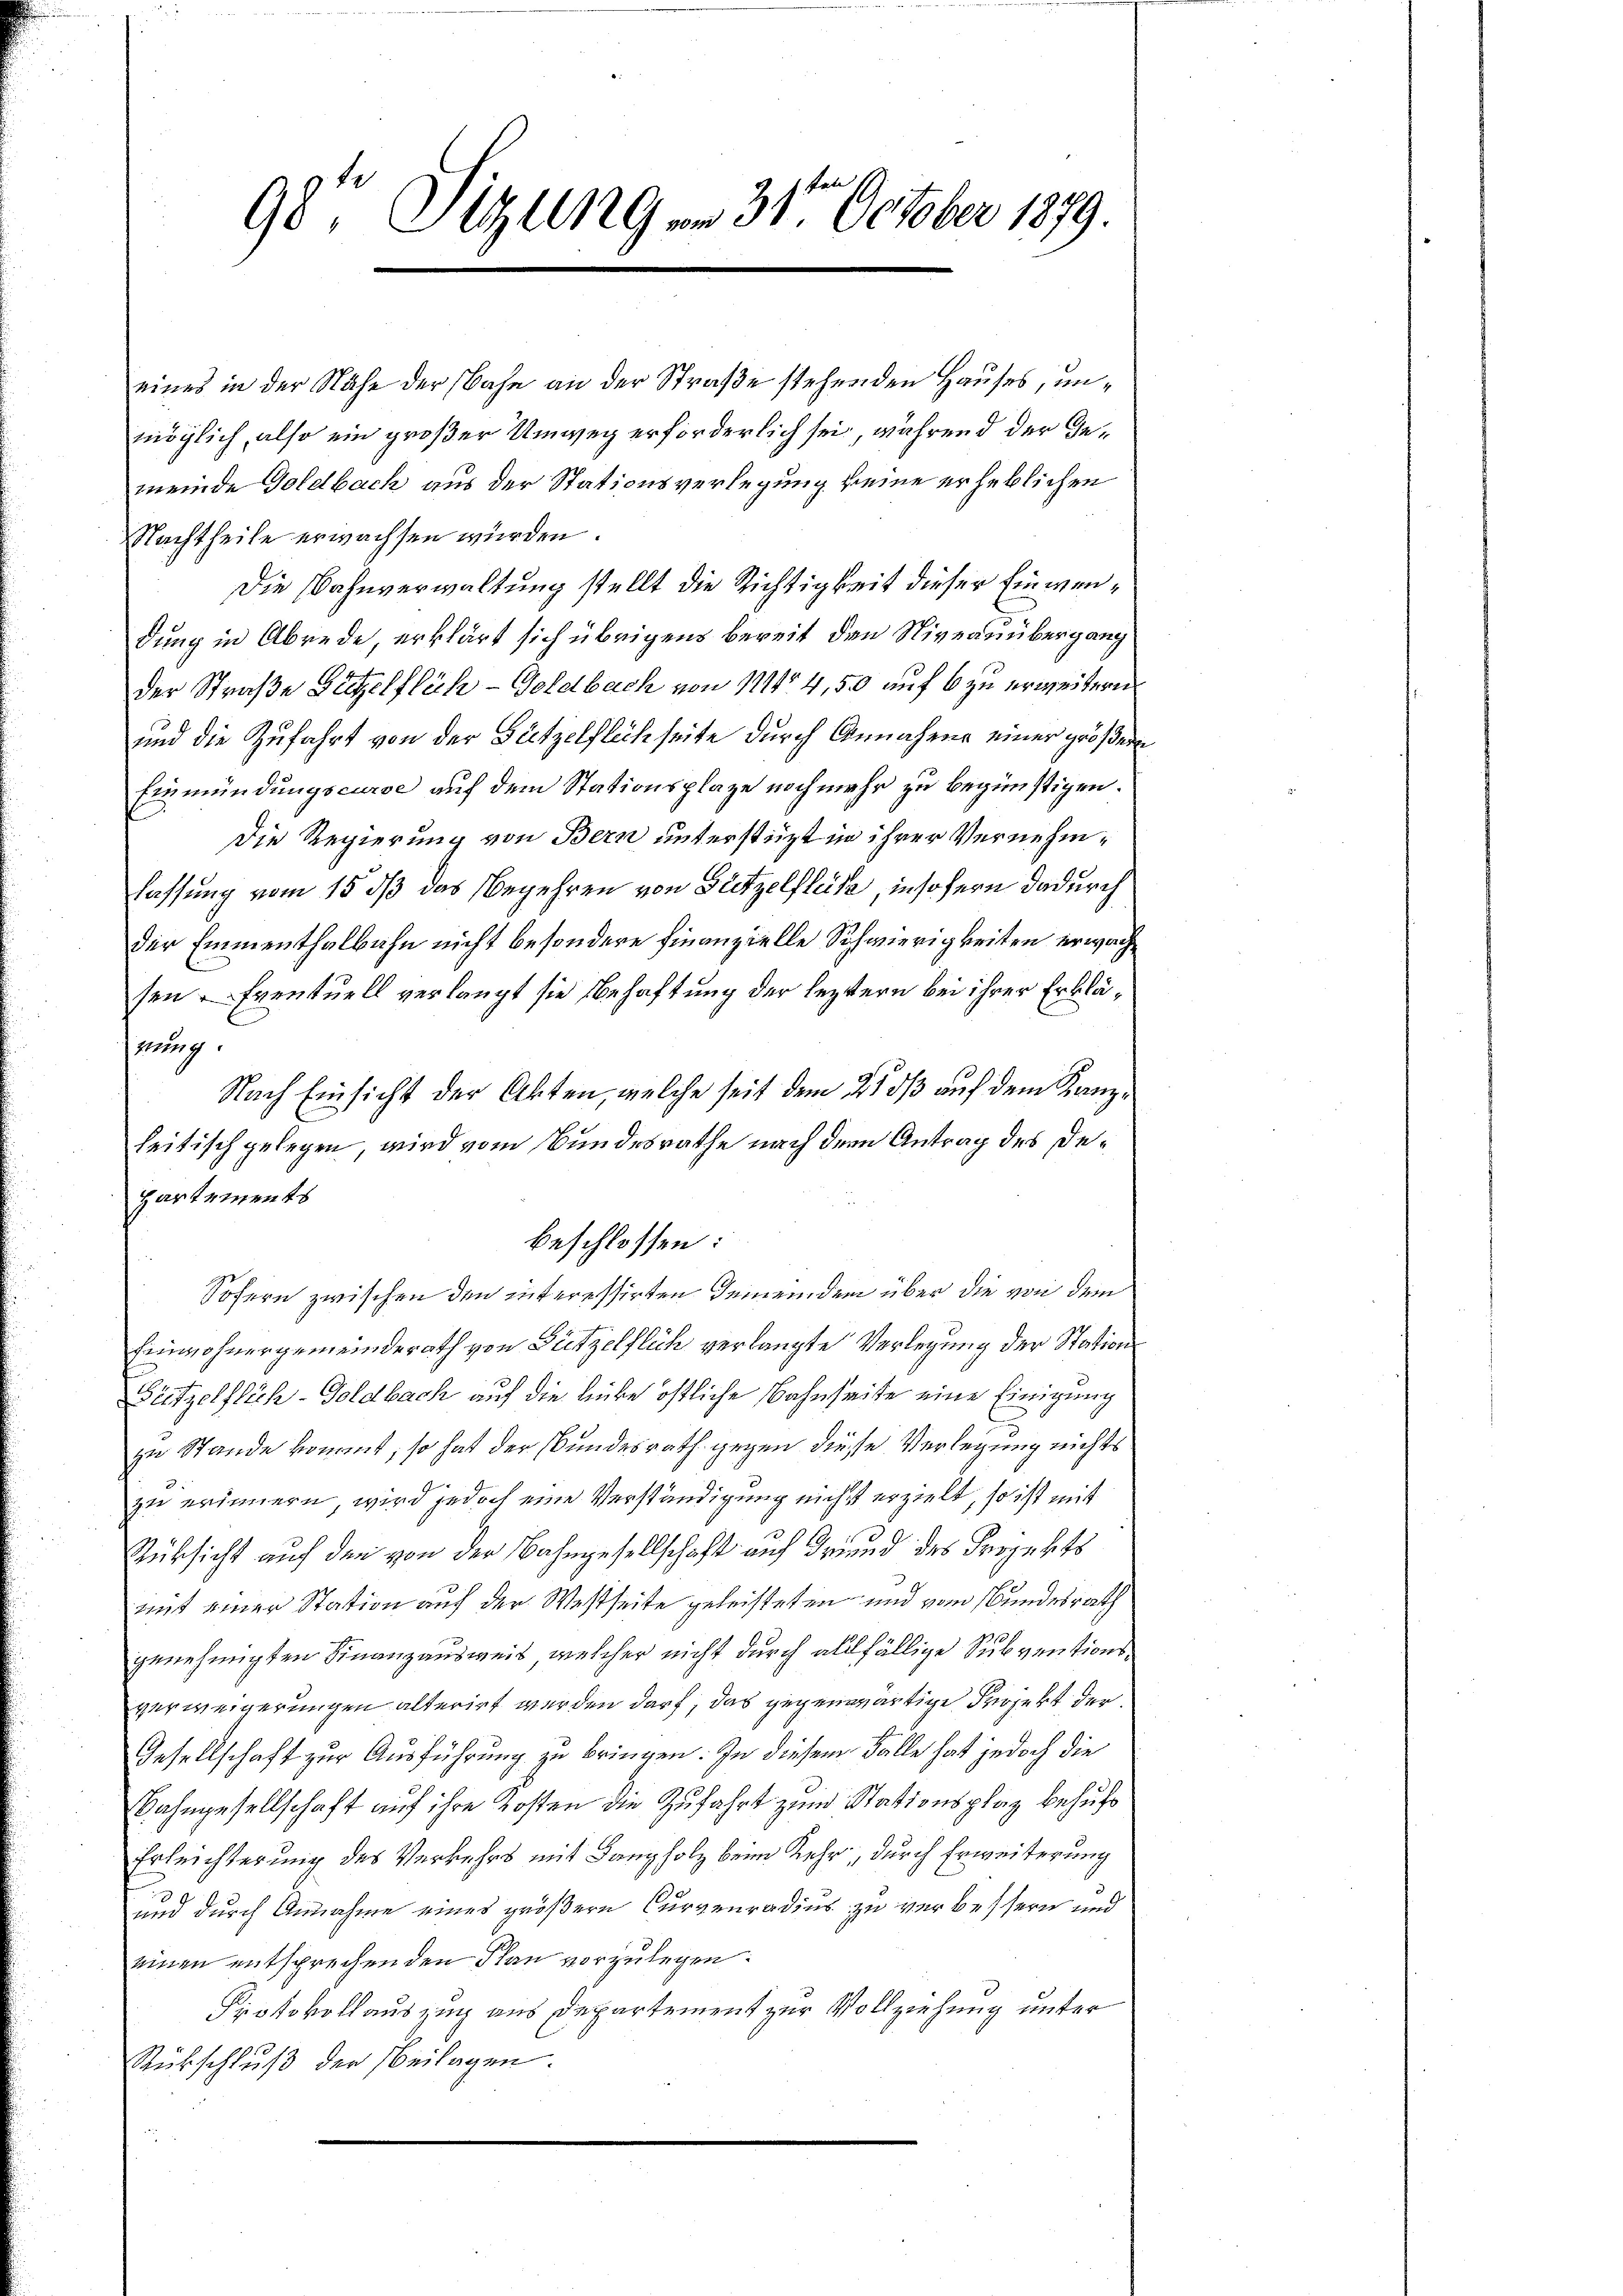
98te Sitzung an 31. October 1879.

beschlossen:

eines in der Nähe der Bahn an der Straße stehenden Hauses, unmöglich, also ein großer Umweg erforderlich sei, während der Gemeinde Geldbach aus der Stationsverlegung keine erheblichen
Nachtheile erwachsen würden.
Die Bahnverwaltung stellt die Richtigkeit dieser Einwendung in Abrede, erklärt sich übrigens bereit den Niveauübergang
der Straße Sitzelflüh-Goldbach von 111 4,50 auf 6 zu erweitern
und die Zufahrt von der Bützelflich seite durch Annahme einer größern
Einmündungscurse auf dem Stationsplaze noch mehr zu begünstigen.
Die Regierung von Bern unterstüzt in ihrer Vernehmlassung vom 15. dß das Begehren von Blitzelflüte, insofern dadurch
der Emmenthalbahn nicht besondere Finanzielle Schwierigkeiten erwachsen. Eventuell verlangt sie behaftung der leztern bei ihrer Erklähnung.
Nach Einsicht der Akten, welche seit dem 21 dß auf dem Kanzseitisch gelegen wird vom Bundesrathe nach dem Antrag des Departements
Sofern zwischen den interessirten Gemeinden über die von dem
Einwohnergemeinderath von Bützelflich verlangte Verlegung der Stations
Setzelflich-Goldbach auf die liebe östliche Bahnheite eine Einigung
f
zu Stande konnt, so hat der Bundesrath gegen diese Verlegung nichts
zu erinnern, wird jedoch eine Verständigung nicht erzielt, so ist mit
Rüksicht auf den von der Bahngesellschaft auf Grund des Projekts
mit einer Station auf der Westseite geleisteten und vom Bundesrath
genehmigten Finanzausweis, welcher nicht durch allfällige Subventionsverweigerungen alterirt werden darf, das gegenwärtige Projekt der
Gesellschaft zur Ausführung zu bringen. In diesem Falle hat jedoch die
Bahngesellschaft auf ihre Kosten die Zufahrt zum Stationsplaz behufs
Erleichterung des Verkehrs mit Banzholz beim Kehr, durch Erweiterung
und durch Annahme eines größern Curvenradius zu verbessern und
einen entsprechenden Plan vorzulegen.
Protokollauszug aus Departement zur Vollziehung unter
Rückschluß der beilagen.